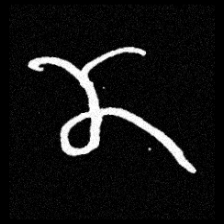
Pyu character \u2014 Myanmar letter: ဏ (romanized: nna)